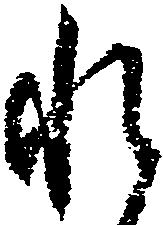
れ